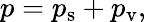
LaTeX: p=p_{\mathrm{s}}+p_{\mathrm{v}},